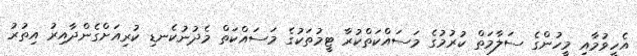
އެހީވުމާއި މީހުންގެ ސަލާމަތް ކުރުމުގެ މަސައްކަތްކުރާ ޓީމުތަކުގެ މަސައްކަތް މެދުނުކެނޑި ކުރިއަށްގެންދާއިރު އިތުރު